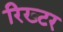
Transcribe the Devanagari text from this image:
रिख्टर